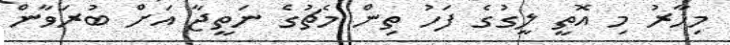
މިހާރު މި އޮތީ ލީގުގެ ފަހު ތިން މެޗުގެ ނަތީޖާ އަށް ބުރަވާން